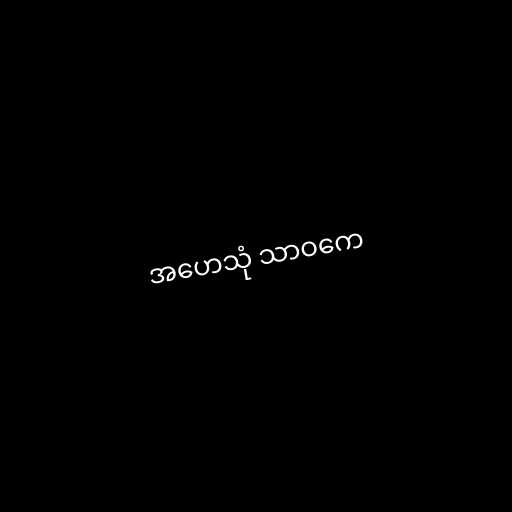
အဟေသုံ သာဝကေ